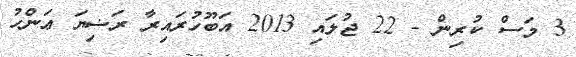
3 މަސް ކުރިން - 22 ޖުލައި 2013 އަބޫހުރައިރާ ރަޟިޔަ ޢަންހު